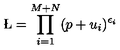
\L = \prod _ { i = 1 } ^ { M + N } ( p + u _ { i } ) ^ { \epsilon _ { i } }